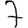
Digit: 7